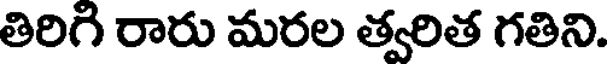
తిరిగి రారు మరల త్వరిత గతిని.